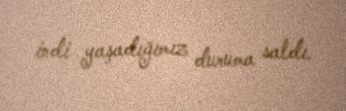
indi yaşadığımız duruma saldı.